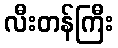
လီးတန်ကြီး